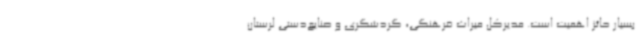
بسیار حائز اهمیت است. مدیرکل میراث فرهنگی، گردشگری و صنایع‌دستی لرستان